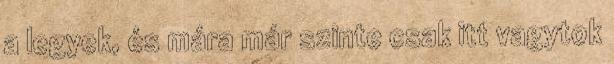
a legyek, és mára már szinte csak itt vagytok